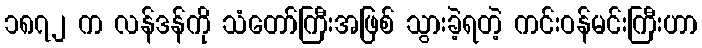
၁၈၇၂ က လန်ဒန်ကို သံတော်ကြီးအဖြစ် သွားခဲ့ရတဲ့ ကင်းဝန်မင်းကြီးဟာ